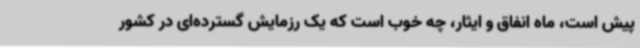
پیش است، ماه انفاق و ایثار، چه خوب است که یک رزمایش گسترده‌ای در کشور